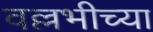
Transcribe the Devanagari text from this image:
वल्लभीच्या